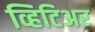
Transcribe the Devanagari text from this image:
व्हिटिअर